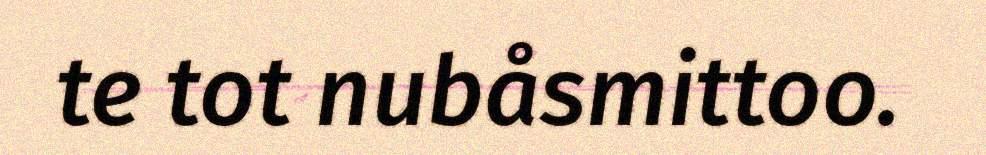
te tot nubåsmittoo.